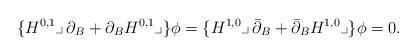
LaTeX: \begin{align*} \{H^{0,1}\lrcorner\,\partial_B +\partial_B H^{0,1}\lrcorner \}\phi = \{H^{1,0}\lrcorner\,\bar\partial_B +\bar\partial_B H^{1,0}\lrcorner \}\phi=0.\end{align*}